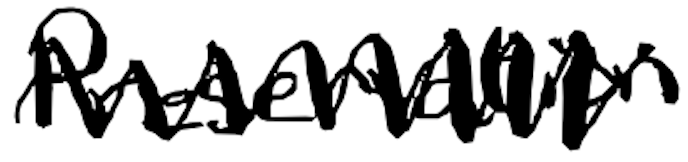
Text: Preservation
Cross-out: mix
Writing tool: digital_black